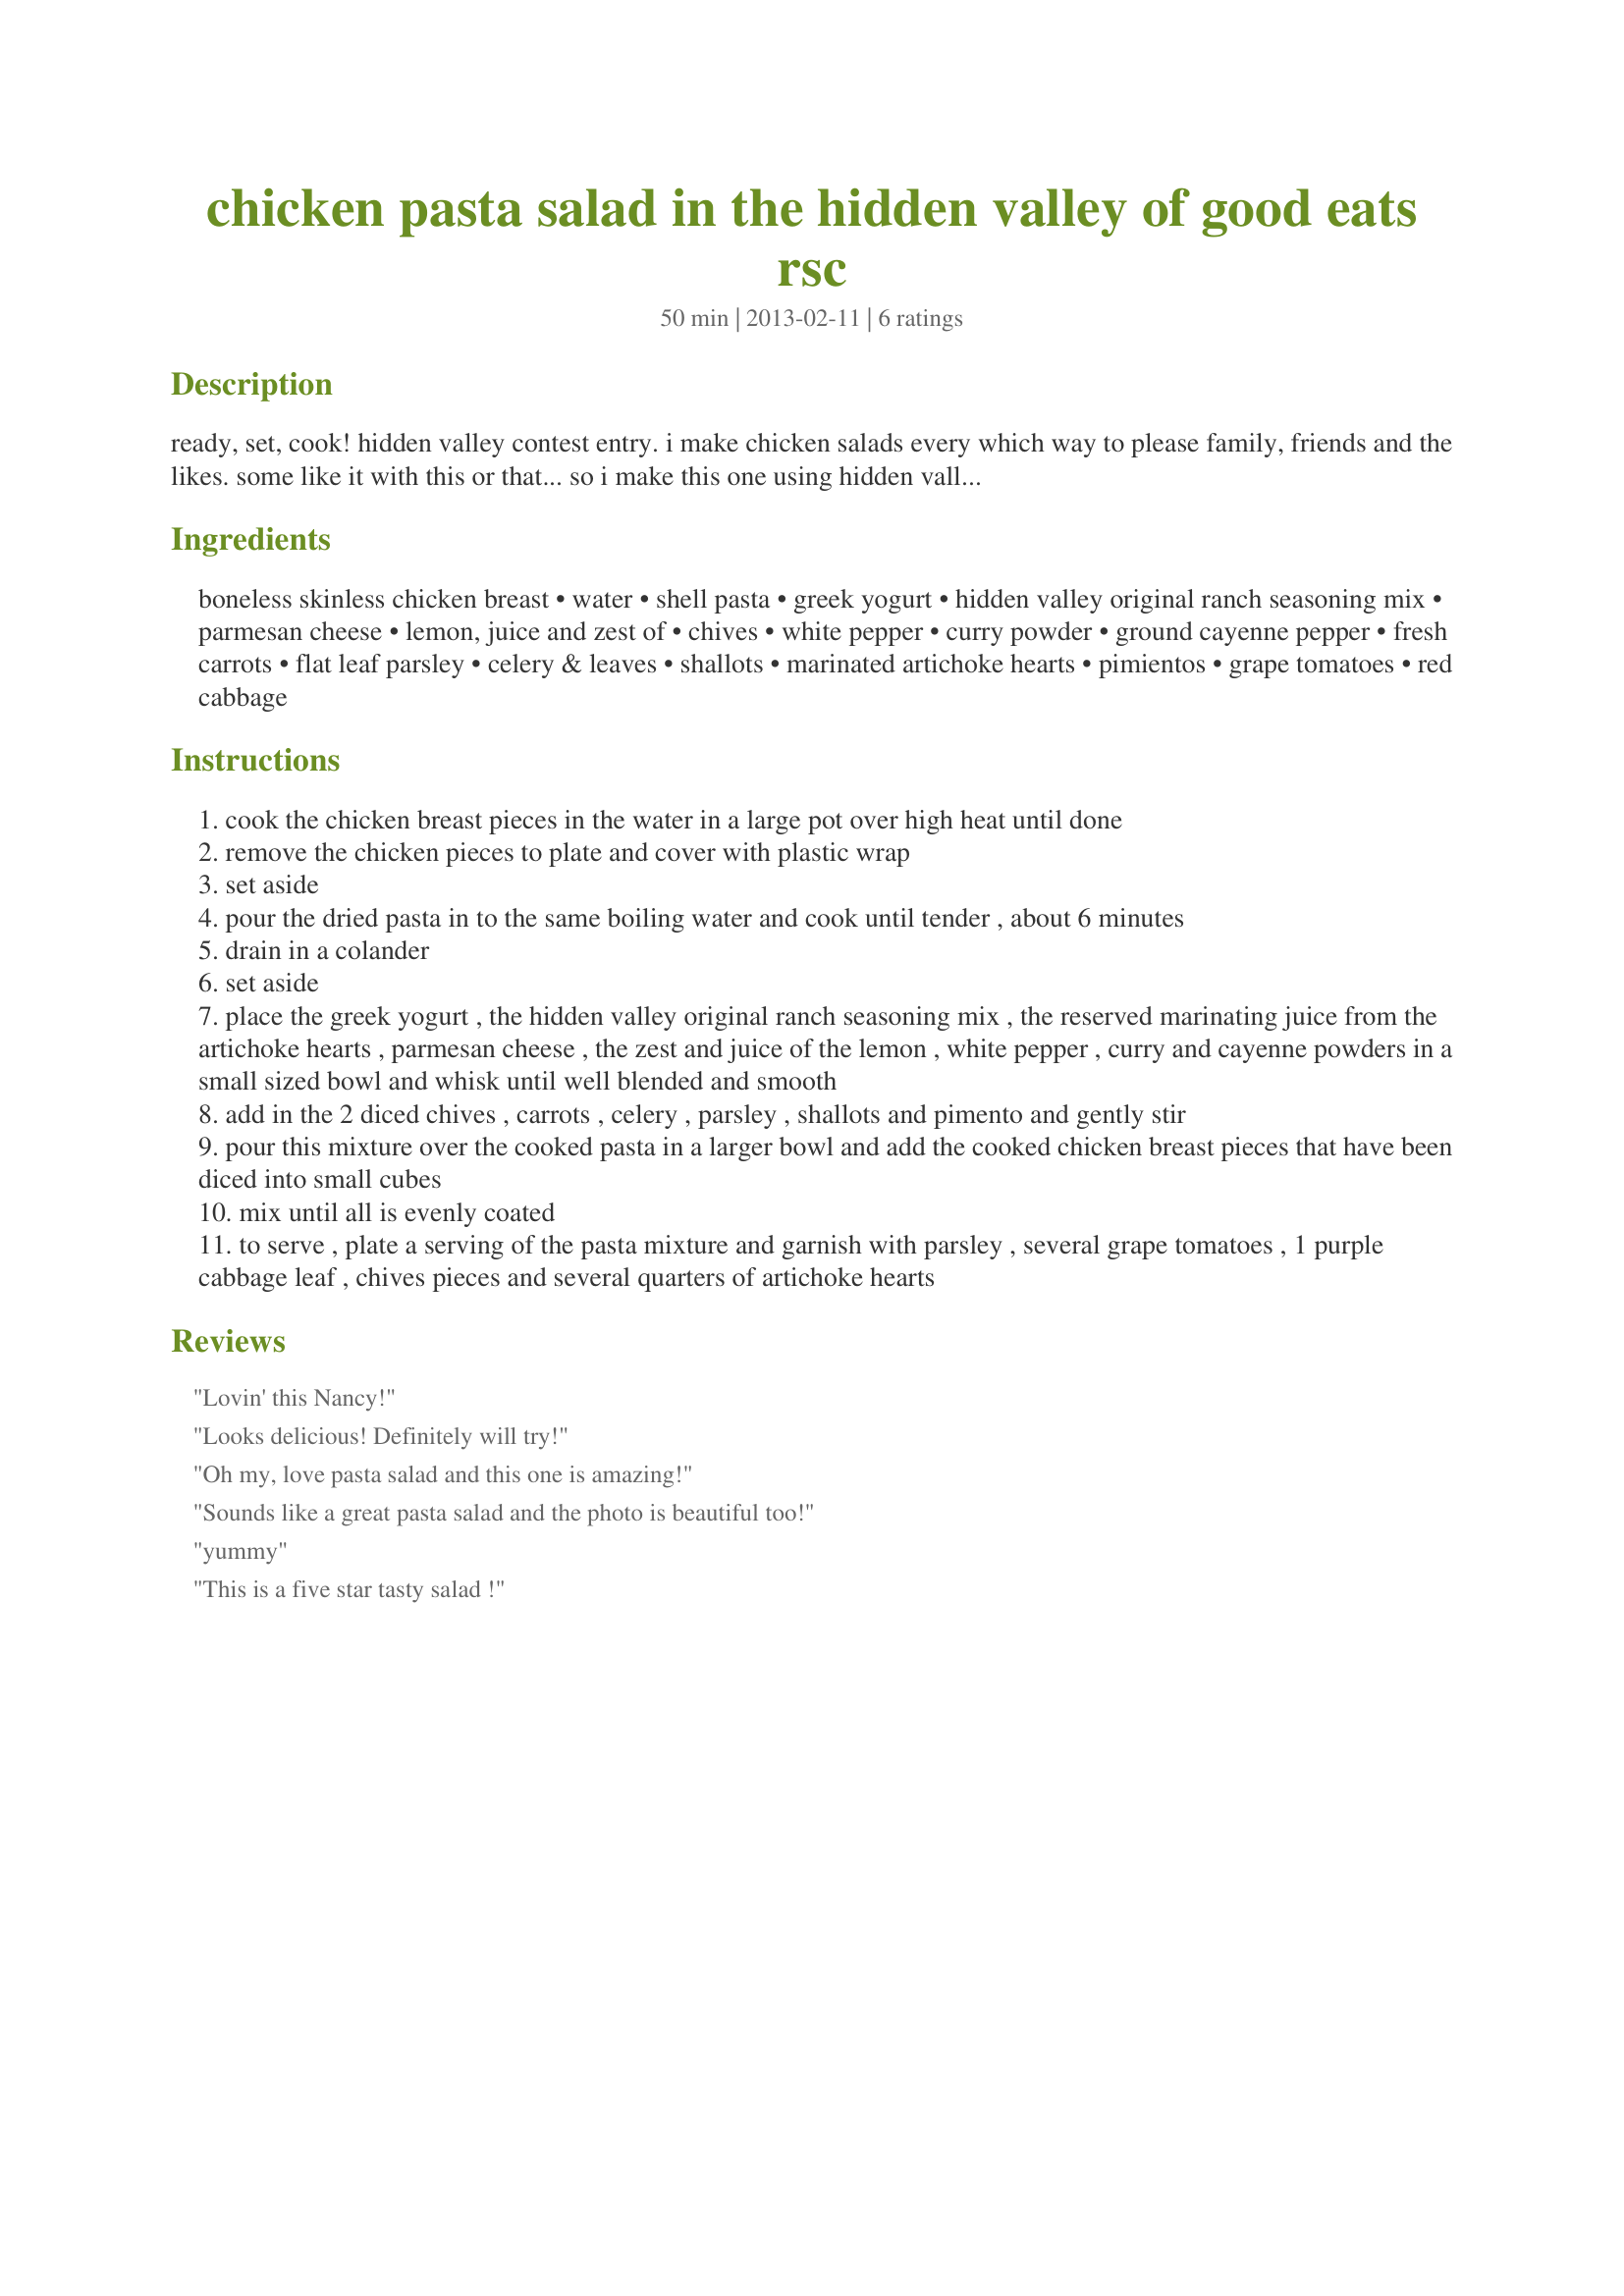
chicken pasta salad in the hidden valley of good eats rsc
Preparation time: 50 minutes

ready, set, cook! hidden valley contest entry. i make chicken salads every which way to please family, friends and the likes. some like it with this or that... so i make this one using hidden valley original ranch seasoning mix and other nice items from a limited shopping list and here it is.... one delicious easy dish that will be satisfying over and over and that anyone can toss together.

Ingredients:
boneless skinless chicken breast, water, shell pasta, greek yogurt, hidden valley original ranch seasoning mix, parmesan cheese, lemon, juice and zest of, chives, white pepper, curry powder, ground cayenne pepper, fresh carrots, flat leaf parsley, celery & leaves, shallots, marinated artichoke hearts, pimientos, grape tomatoes, red cabbage

Steps:
cook the chicken breast pieces in the water in a large pot over high heat until done
remove the chicken pieces to plate and cover with plastic wrap
set aside
pour the dried pasta in to the same boiling water and cook until tender , about 6 minutes
drain in a colander
set aside
place the greek yogurt , the hidden valley original ranch seasoning mix , the reserved marinating juice from the artichoke hearts , parmesan cheese , the zest and juice of the lemon , white pepper , curry and cayenne powders in a small sized bowl and whisk until well blended and smooth
add in the 2 diced chives , carrots , celery , parsley , shallots and pimento and gently stir
pour this mixture over the cooked pasta in a larger bowl and add the cooked chicken breast pieces that have been diced into small cubes
mix until all is evenly coated
to serve , plate a serving of the pasta mixture and garnish with parsley , several grape tomatoes , 1 purple cabbage leaf , chives pieces and several quarters of artichoke hearts

Reviews:
Lovin' this Nancy!
Looks delicious! Definitely will try!
Oh my, love pasta salad and this one is amazing!
Sounds like a great pasta salad and the photo is beautiful too!
yummy
This is a five star tasty salad !
